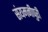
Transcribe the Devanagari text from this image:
संयमनीपुरी